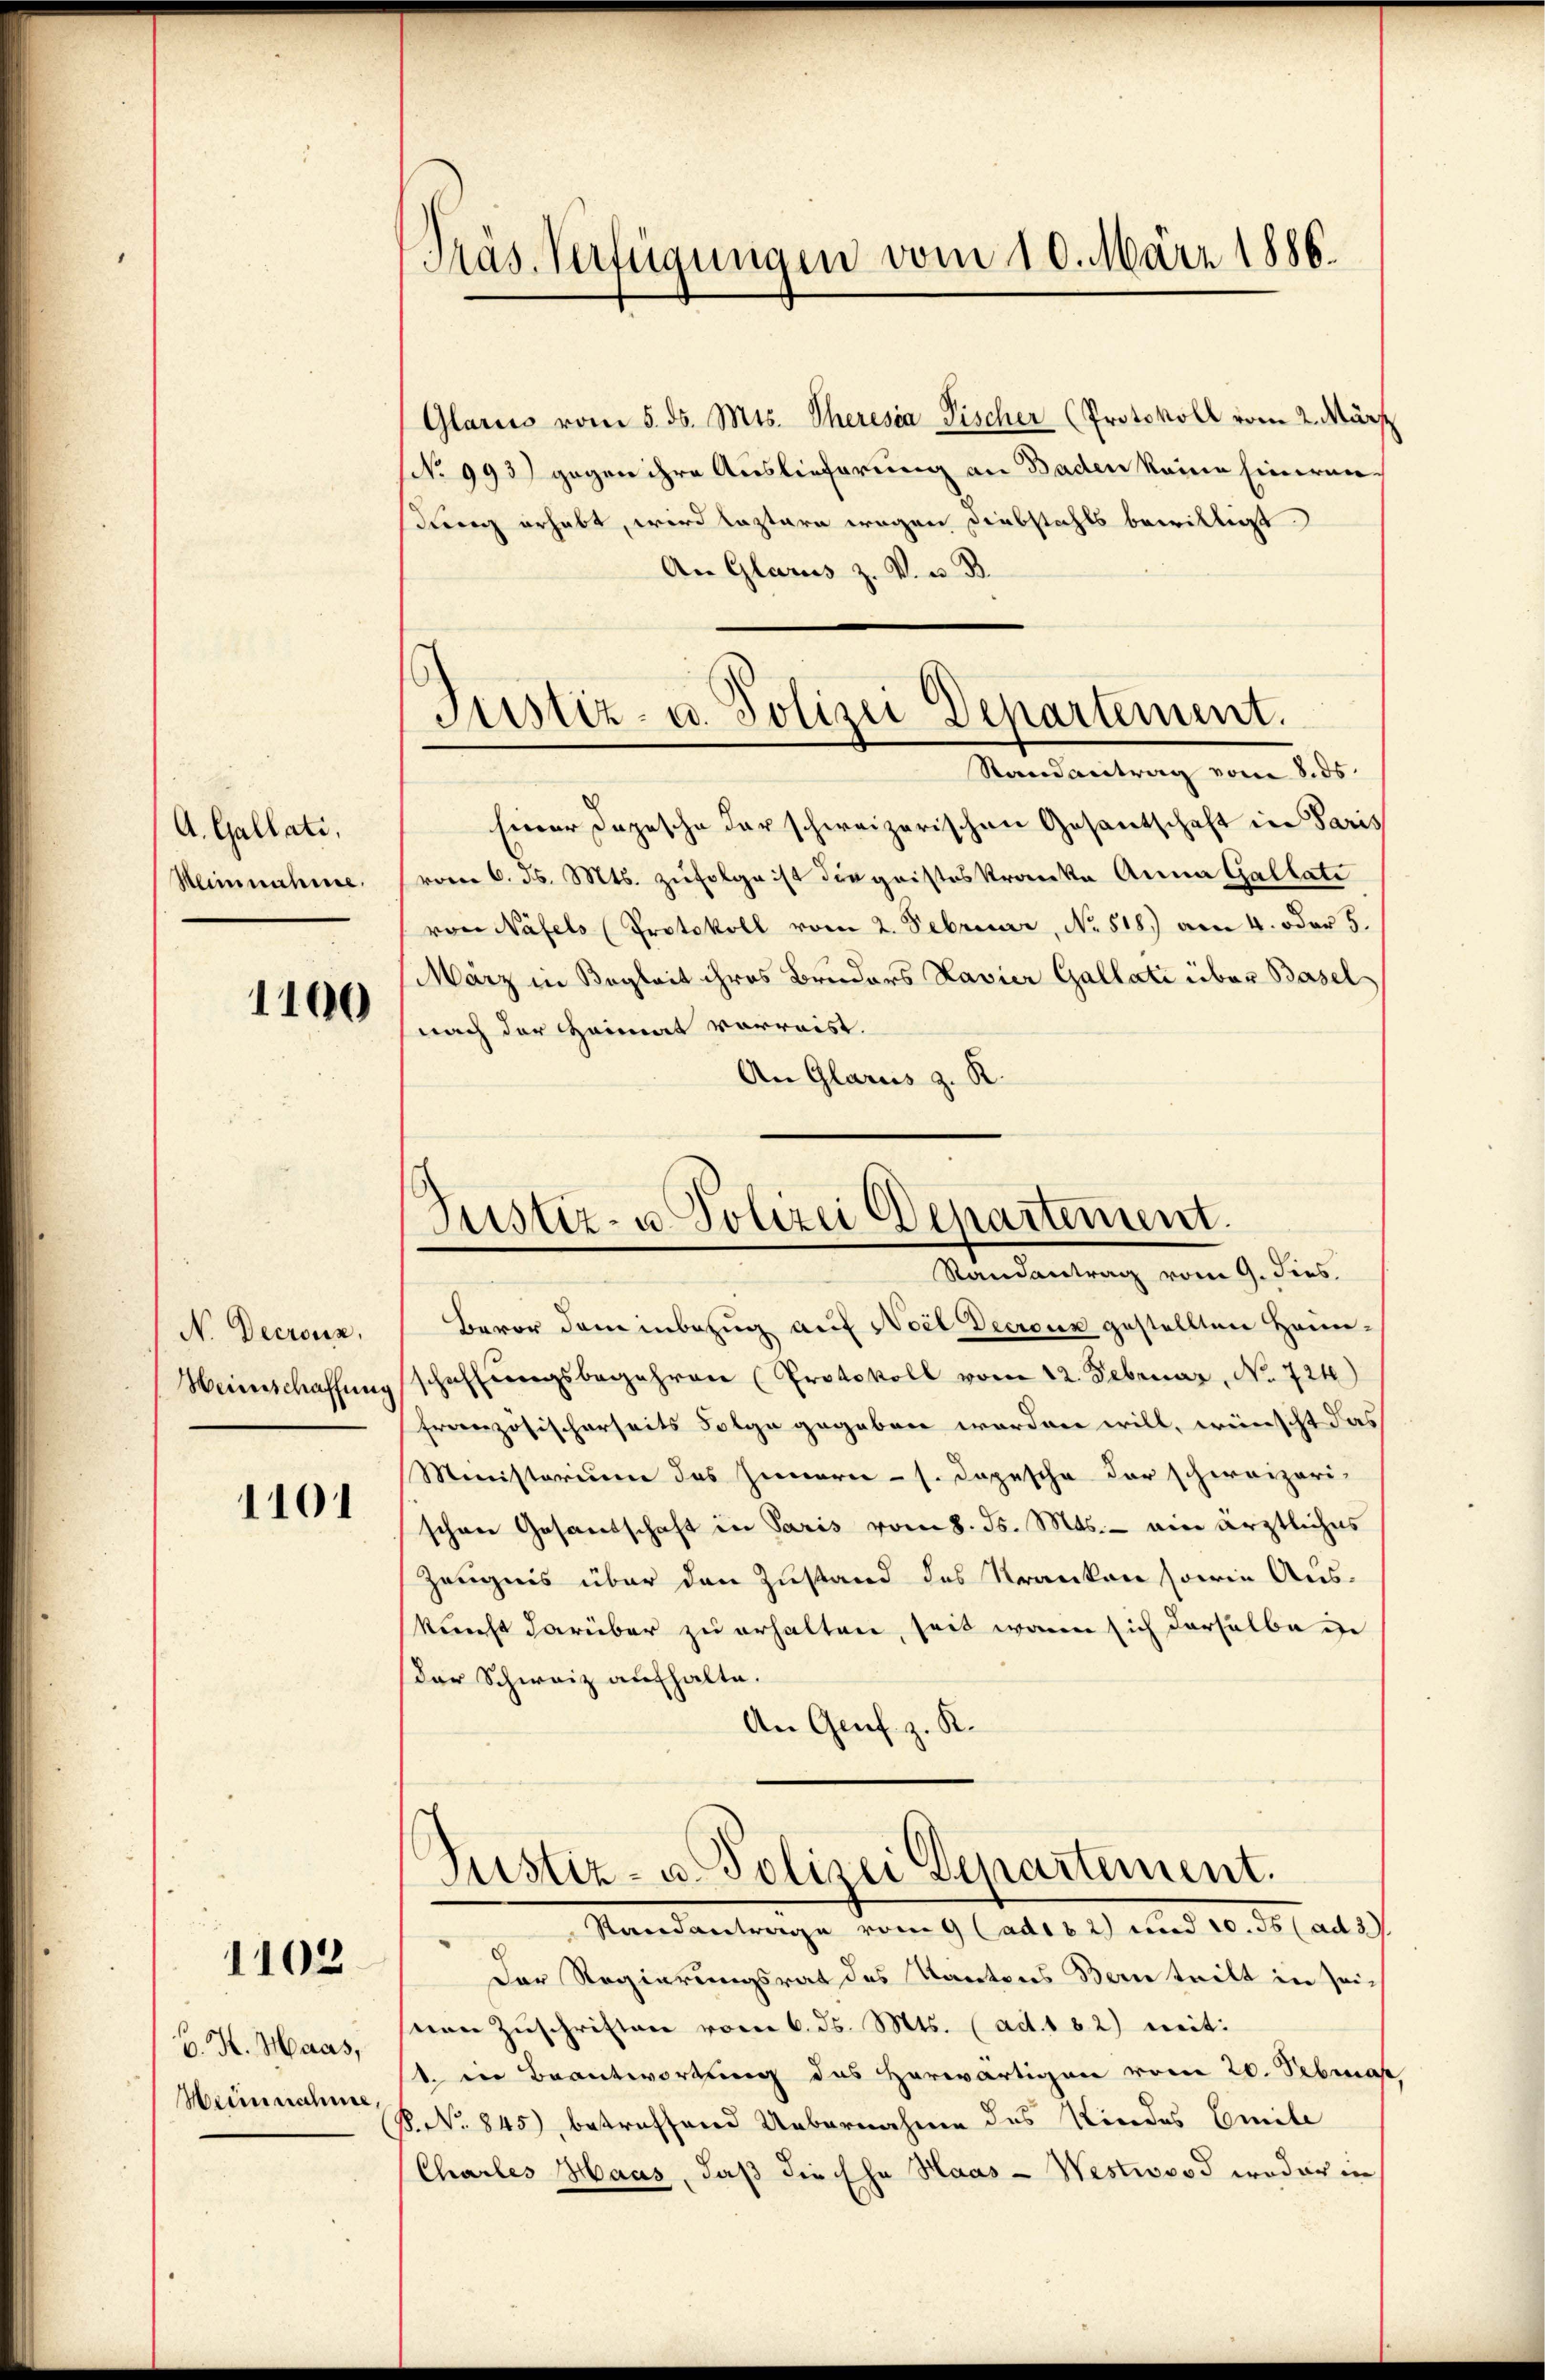
A. Gallati,
Klinnahme.

1100

N. Decrouz,
Weinschaffung

1101

1102

B. H. Haas,
Weinnahme,

Präs. Verfügungen vom 10. März 1886.

Justiz- u. Polizei Departement.
Randantrag vom 8. ds.

Glarus vom 5. ds. Mts. Theresia Fischer (Protokoll vom 2. März
No 993) gegen ihre Auslieferung an Baden keine Eineranstung erhabt, wird leztere wegen Diebstahls bewilligt.
An Glarus z. V. u. B.
Einer Depesche der schweizerischen Gesantschaft in Paris
vom 6. ds. Mts. zufolge ist die geisteskranke Anna Gallate
von Näfels (Protokoll vom 2. Februarr, No 518.) am 4. oder 5.
März in Begleit ihres Bruders Lavier Gallati über Basel
nach der Heimat vorreist.
An Glarus z. R.
Bevor dem inbezug auf Weil Decrone gestellten Haun-
schaffungsbegehren (Protokoll vom 12. Februar, No 721)
französischerseits Folge gegeben worden will, wünscht das
Ministorium das Innern - s. Depesche der schweizeri-
schon Gesandschaft in Paris vom 8. ds. Mts. - ein ärztliches
Zeugnis über den Zustand des Kranken sowie Ausknecht darüber zu erhalten, seit wenn sich derselbe de
Der Schweiz aufhalte.
An Genf z. K.
Justiz- u. Polizei Departement.
Standantrage vom 9 (ado 62) und 10. ds (ad 3.
Der Regierungsrat des Kantons Bern teilt in Zei-
seine Zuschriften vom 6. ds. Mts. (ad. 182) mit:
1. in Beantwortung des herwärtigen vom 20. Februa
P. No. 845), betreffend Uebernahme des Kindes Emile
Chartes Haas, daß die Ehe Haas - Westwoood weder in

Justiz- u. Polizei Departement.
Randantrag vom 9. Fies.